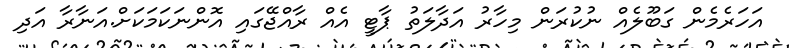
އަހަރެމެން ގަބޫލެއް ނުކުރަން މިހާރު އަދާލަތު ޕާޓީ އެއް ރާއްޖޭގައި އޮންނަކަމަކަށް.އަނާރާ އަދި